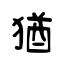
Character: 猶